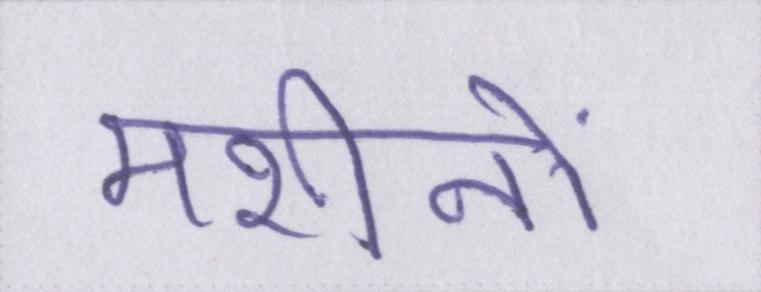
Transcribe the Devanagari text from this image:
मशीनों